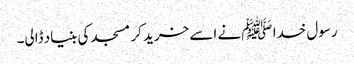
رسول خدا ﷺ نے اسے خرید کر مسجد کی بنیاد ڈالی۔